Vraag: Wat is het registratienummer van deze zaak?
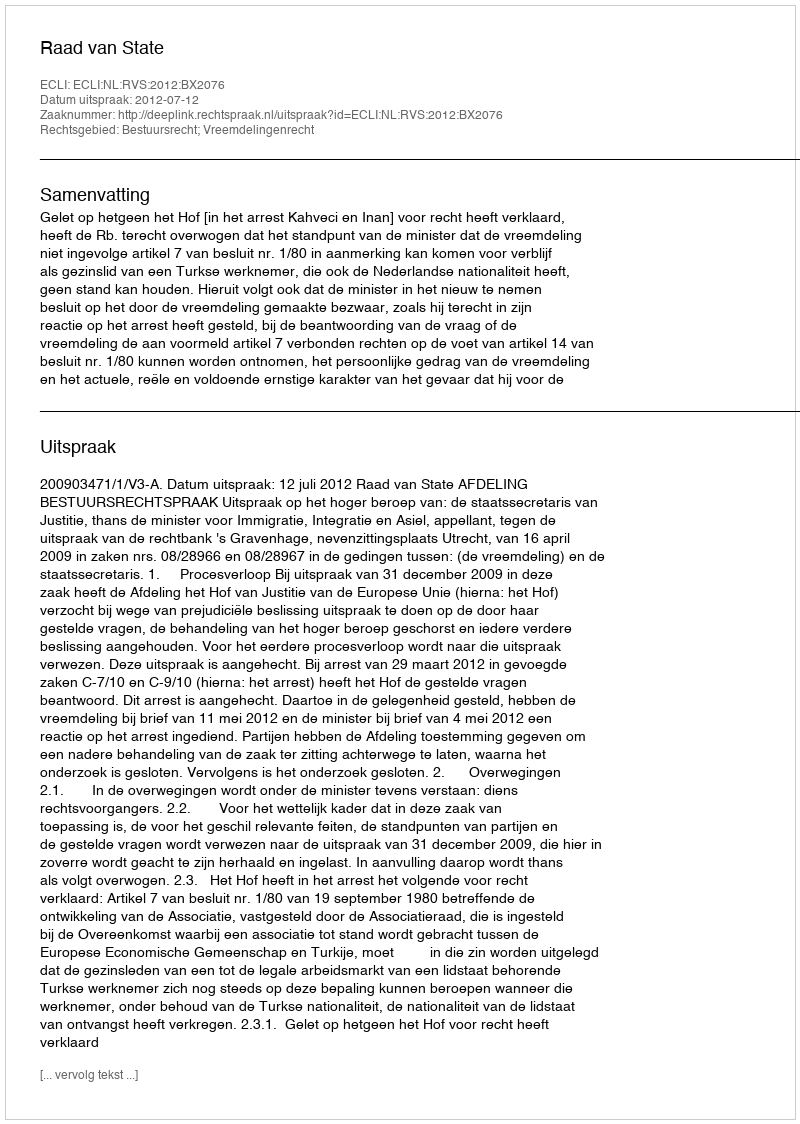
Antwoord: http://deeplink.rechtspraak.nl/uitspraak?id=ECLI:NL:RVS:2012:BX2076